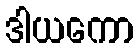
ဒါယကော